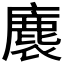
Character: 𮭴